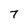
Character: 7